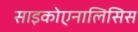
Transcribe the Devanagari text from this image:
साइकोएनालिसिस